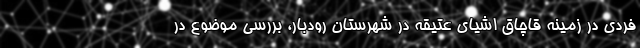
فردی در زمینه قاچاق اشیای عتیقه در شهرستان رودبار، بررسی موضوع در